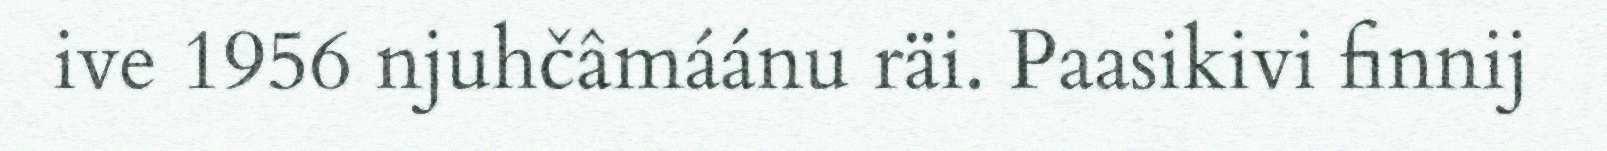
ive 1956 njuhčâmáánu räi. Paasikivi finnij